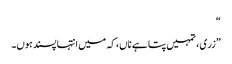
“
”زری، تمہیں پتا ہے ناں، کہ میں انتہا پسند ہوں۔